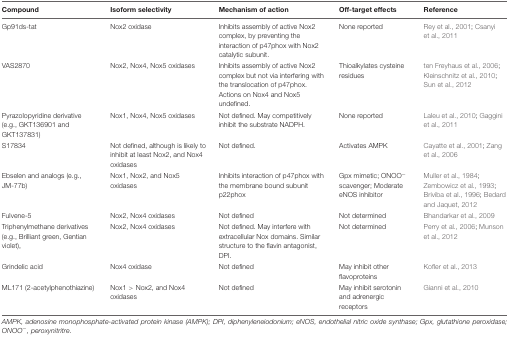
| Compound | Isoform selectivity | Mechanism of action | Off-target effects | Reference |
 | --- | --- | --- | --- | --- |
 | Gp91ds-tat | Nox2 oxidase | Inhibits assembly of active Nox2 complex, by preventing the interaction of p47phox with Nox2 catalytic subunit. | None reported | Rey et al., 2001; Csanyi et al., 2011 |
 | VAS2870 | Nox2, Nox4, Nox5 oxidases | Inhibits assembly of active Nox2 complex but not via interfering with the translocation of p47phox. Actions on Nox4 and Nox5 undefined. | Thioalkylates cysteine residues | ten Freyhaus et al., 2006; Kleinschnitz et al., 2010; Sun et al., 2012 |
 | Pyrazolopyridine derivative (e.g., GKT136901 and GKT137831) | Nox1, Nox4, Nox5 oxidases | Not defined. May competitively inhibit the substrate NADPH. | None reported | Laleu et al., 2010; Gaggini et al., 2011 |
 | S17834 | Not defined, although is likely to inhibit at least Nox2, and Nox4 oxidases | Not defined. | Activates AMPK | Cayatte et al., 2001; Zang et al., 2006 |
 | Ebselen and analogs (e.g., JM-77b) | Nox1, Nox2, and Nox5 oxidases | Inhibits interaction of p47phox with the membrane bound subunit p22phox | Gpx mimetic; ONOO- scavenger; Moderate eNOS inhibitor | Muller et al., 1984; Zembowicz et al., 1993; Briviba et al., 1996; Bedard and Jaquet, 2012 |
 | Fulvene-5 | Nox2, Nox4 oxidases | Not defined | Not determined | Bhandarkar et al., 2009 |
 | Triphenylmethane derivatives (e.g., Brilliant green, Gentian violet), | Nox2, Nox4 oxidases | Not defined. May interfere with extracellular Nox domains. Similar structure to the flavin antagonist, DPI. | Not determined | Perry et al., 2006; Munson et al., 2012 |
 | Grindelic acid | Nox4 oxidase | Not defined | May inhibit other flavoproteins | Kofler et al., 2013 |
 | ML171 (2-acetylphenothiazine) | Nox1 > Nox2, and Nox4 oxidases | Not defined | May inhibit serotonin and adrenergic receptors | Gianni et al., 2010 |